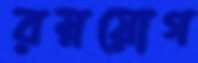
রম্নয়োগ